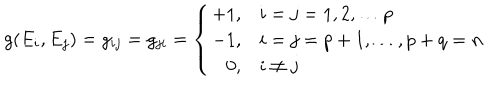
g ( E _ { i } , E _ { j } ) = g _ { i j } = g _ { j i } = \left\{ \begin{array} { r l } { { + 1 , } } & { { i = j = 1 , 2 , \ldots p } } \\ { { - 1 , } } & { { i = j = p + 1 , \ldots , p + q = n } } \\ { { 0 , } } & { { i \neq j } } \\ \end{array} \right.